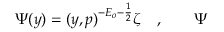
{ \Psi } ( y ) = ( y , p ) ^ { - E _ { o } - \frac 1 2 } \zeta \quad , \qquad { \Psi }